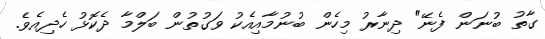
ގާތު ބުނަން ފެނޭ" ދިނާރު މިހެން ބުނުމާއިއެކު ވަގުތުން ބަލްމާ ދެކޮޅު ހެދިއެވެ.